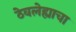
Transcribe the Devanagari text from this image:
ठेवलेह्याचा